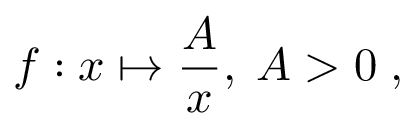
f : x \mapsto { \frac { A } { x } } , \; A > 0 \; ,